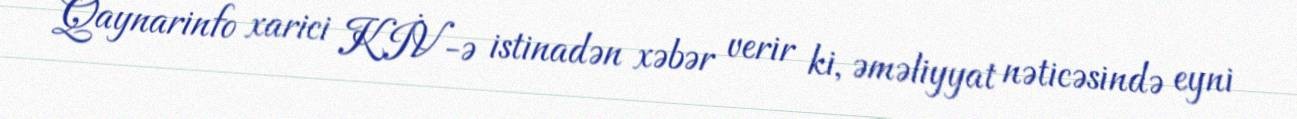
Qaynarinfo xarici KİV-ə istinadən xəbər verir ki, əməliyyat nəticəsində eyni